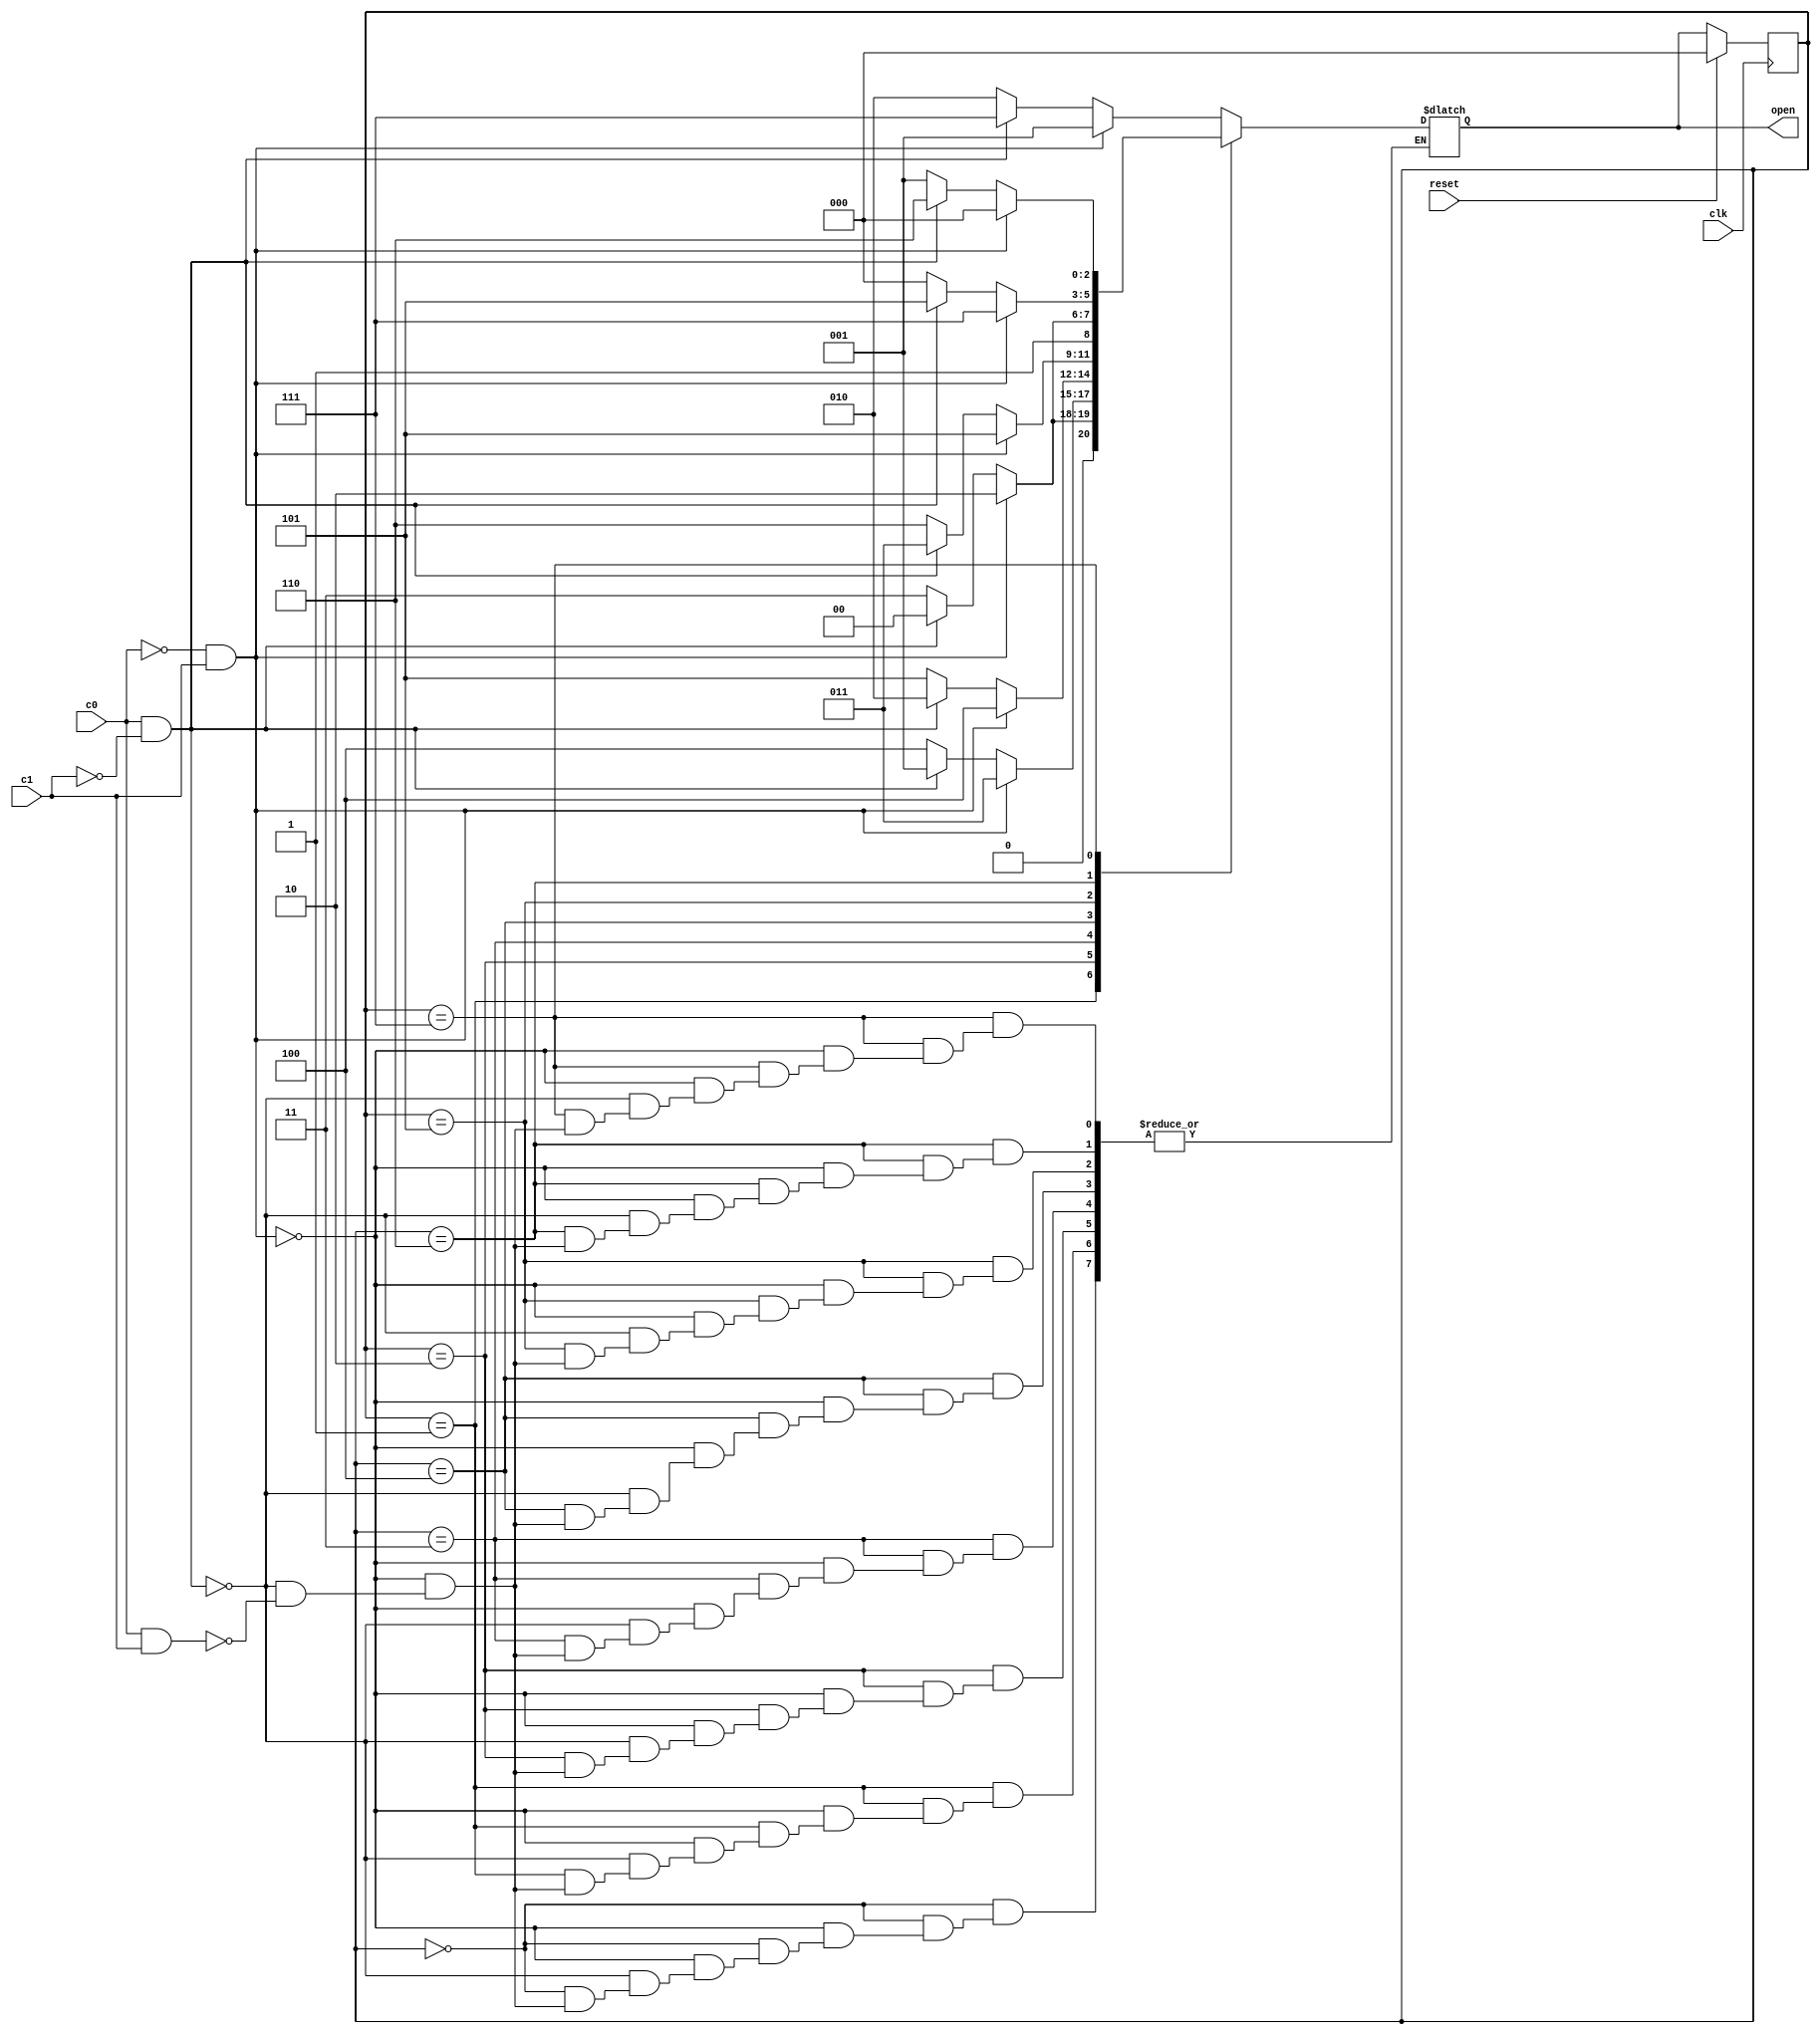

module p3(open,clk,reset, c0,c1);
  output[2:0] open;
  input clk, reset;
  input c0,c1;
  reg [2:0] Next;
  reg[2:0]  state;
  parameter [2:0] S0= 3'b000;
  parameter [2:0] S1= 3'b001;
  parameter [2:0] S2 = 3'b010;
  parameter [2:0] S3=3'b011;
  parameter [2:0] S4=3'b100;
  parameter [2:0] S5=3'b101;
  parameter [2:0] S6=3'b110;
  parameter [2:0] S7=3'b111;

  always @(posedge clk) // sequential
  begin
  if (reset) state <= S0;
  else state <= Next;
  end

  always @(state,c0,c1) // combinational
  begin
  case(state)
  S0: if (!c0 && c1)
   		Next = S1;
  	else if (c0 && !c1)
  		Next = S7;
  	else if(c0 && c1)
  		Next = S2;
  S1: if (!c0 && c1)
   		Next = S2;
  	else if (c0 && !c1)
  		Next = S0;
  	else if(c0 && c1)
  		Next = S3;

  S2: if (!c0 && c1)
   		Next = S3;
  	else if (c0 && !c1)
  		Next = S1;
  	else if(c0 && c1)
  		Next = S4;

  S3: if (!c0 && c1)
   		Next = S4;
  	else if (c0 && !c1)
  		Next = S2;
  	else if(c0 && c1)
  		Next = S5;

  S4:if (!c0 && c1)
   		Next = S5;
  	else if (c0 && !c1)
  		Next = S3;
  	else if(c0 && c1)
  		Next = S6;


  S5:if (!c0 && c1)
   		Next = S6;
  	else if (c0 && !c1)
  		Next = S4;
  	else if(c0 && c1)
  		Next = S7;


  S6:if (!c0 && c1)
   		Next = S7;
  	else if (c0 && !c1)
  		Next = S5;
  	else if(c0 && c1)
  		Next = S0;


  S7:if (!c0 && c1)
   		Next = S0;
  	else if (c0 && !c1)
  		Next = S6;
  	else if(c0 && c1)
  		Next = S1;

  	endcase end
  // output logic described using continuous assignment

  assign open = Next;


endmodule


module tb_p3();
  reg reset;
  wire[2:0] open;
  reg clk=0;
  reg c0,c1;
  p3 uut (open,clk,reset, c0,c1);

  always #5 clk = ~clk;

   

  initial
	  begin
		  reset=1'b1; #10;
		  reset=1'b0; c0=1'b0;c1=1'b1;#10;
		  reset=1'b0; c0=1'b1;c1=1'b0;#10;
		  reset=1'b0; c0=1'b1;c1=1'b1;#10;
		  reset=1'b0; c0=1'b0;c1=1'b0;#10;
		  reset=1'b1; #10;
		  reset=1'b0; c0=1'b0;c1=1'b1;#10;
		  reset=1'b0; c0=1'b0;c1=1'b1;#10;
		  reset=1'b1; #10;
	  end
endmodule